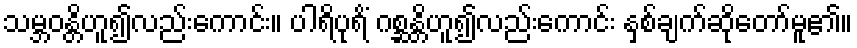
သမ္ဘဝန္တိဟူ၍လည်းကောင်း။ ပါရိပုရိံ ဂစ္ဆန္တိဟူ၍လည်းကောင်း နှစ်ချက်ဆိုတော်မူ၏။